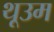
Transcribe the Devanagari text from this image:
थूउम